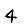
Digit: 4